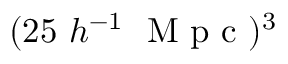
( 2 5 \ h ^ { - 1 } \ \mathrm { ~ M ~ p ~ c ~ } ) ^ { 3 }